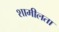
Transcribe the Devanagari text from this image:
शामीलता